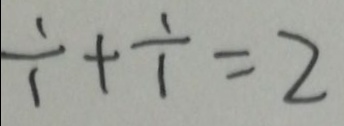
\frac { 1 } { 1 } + \frac { 1 } { 1 } = 2